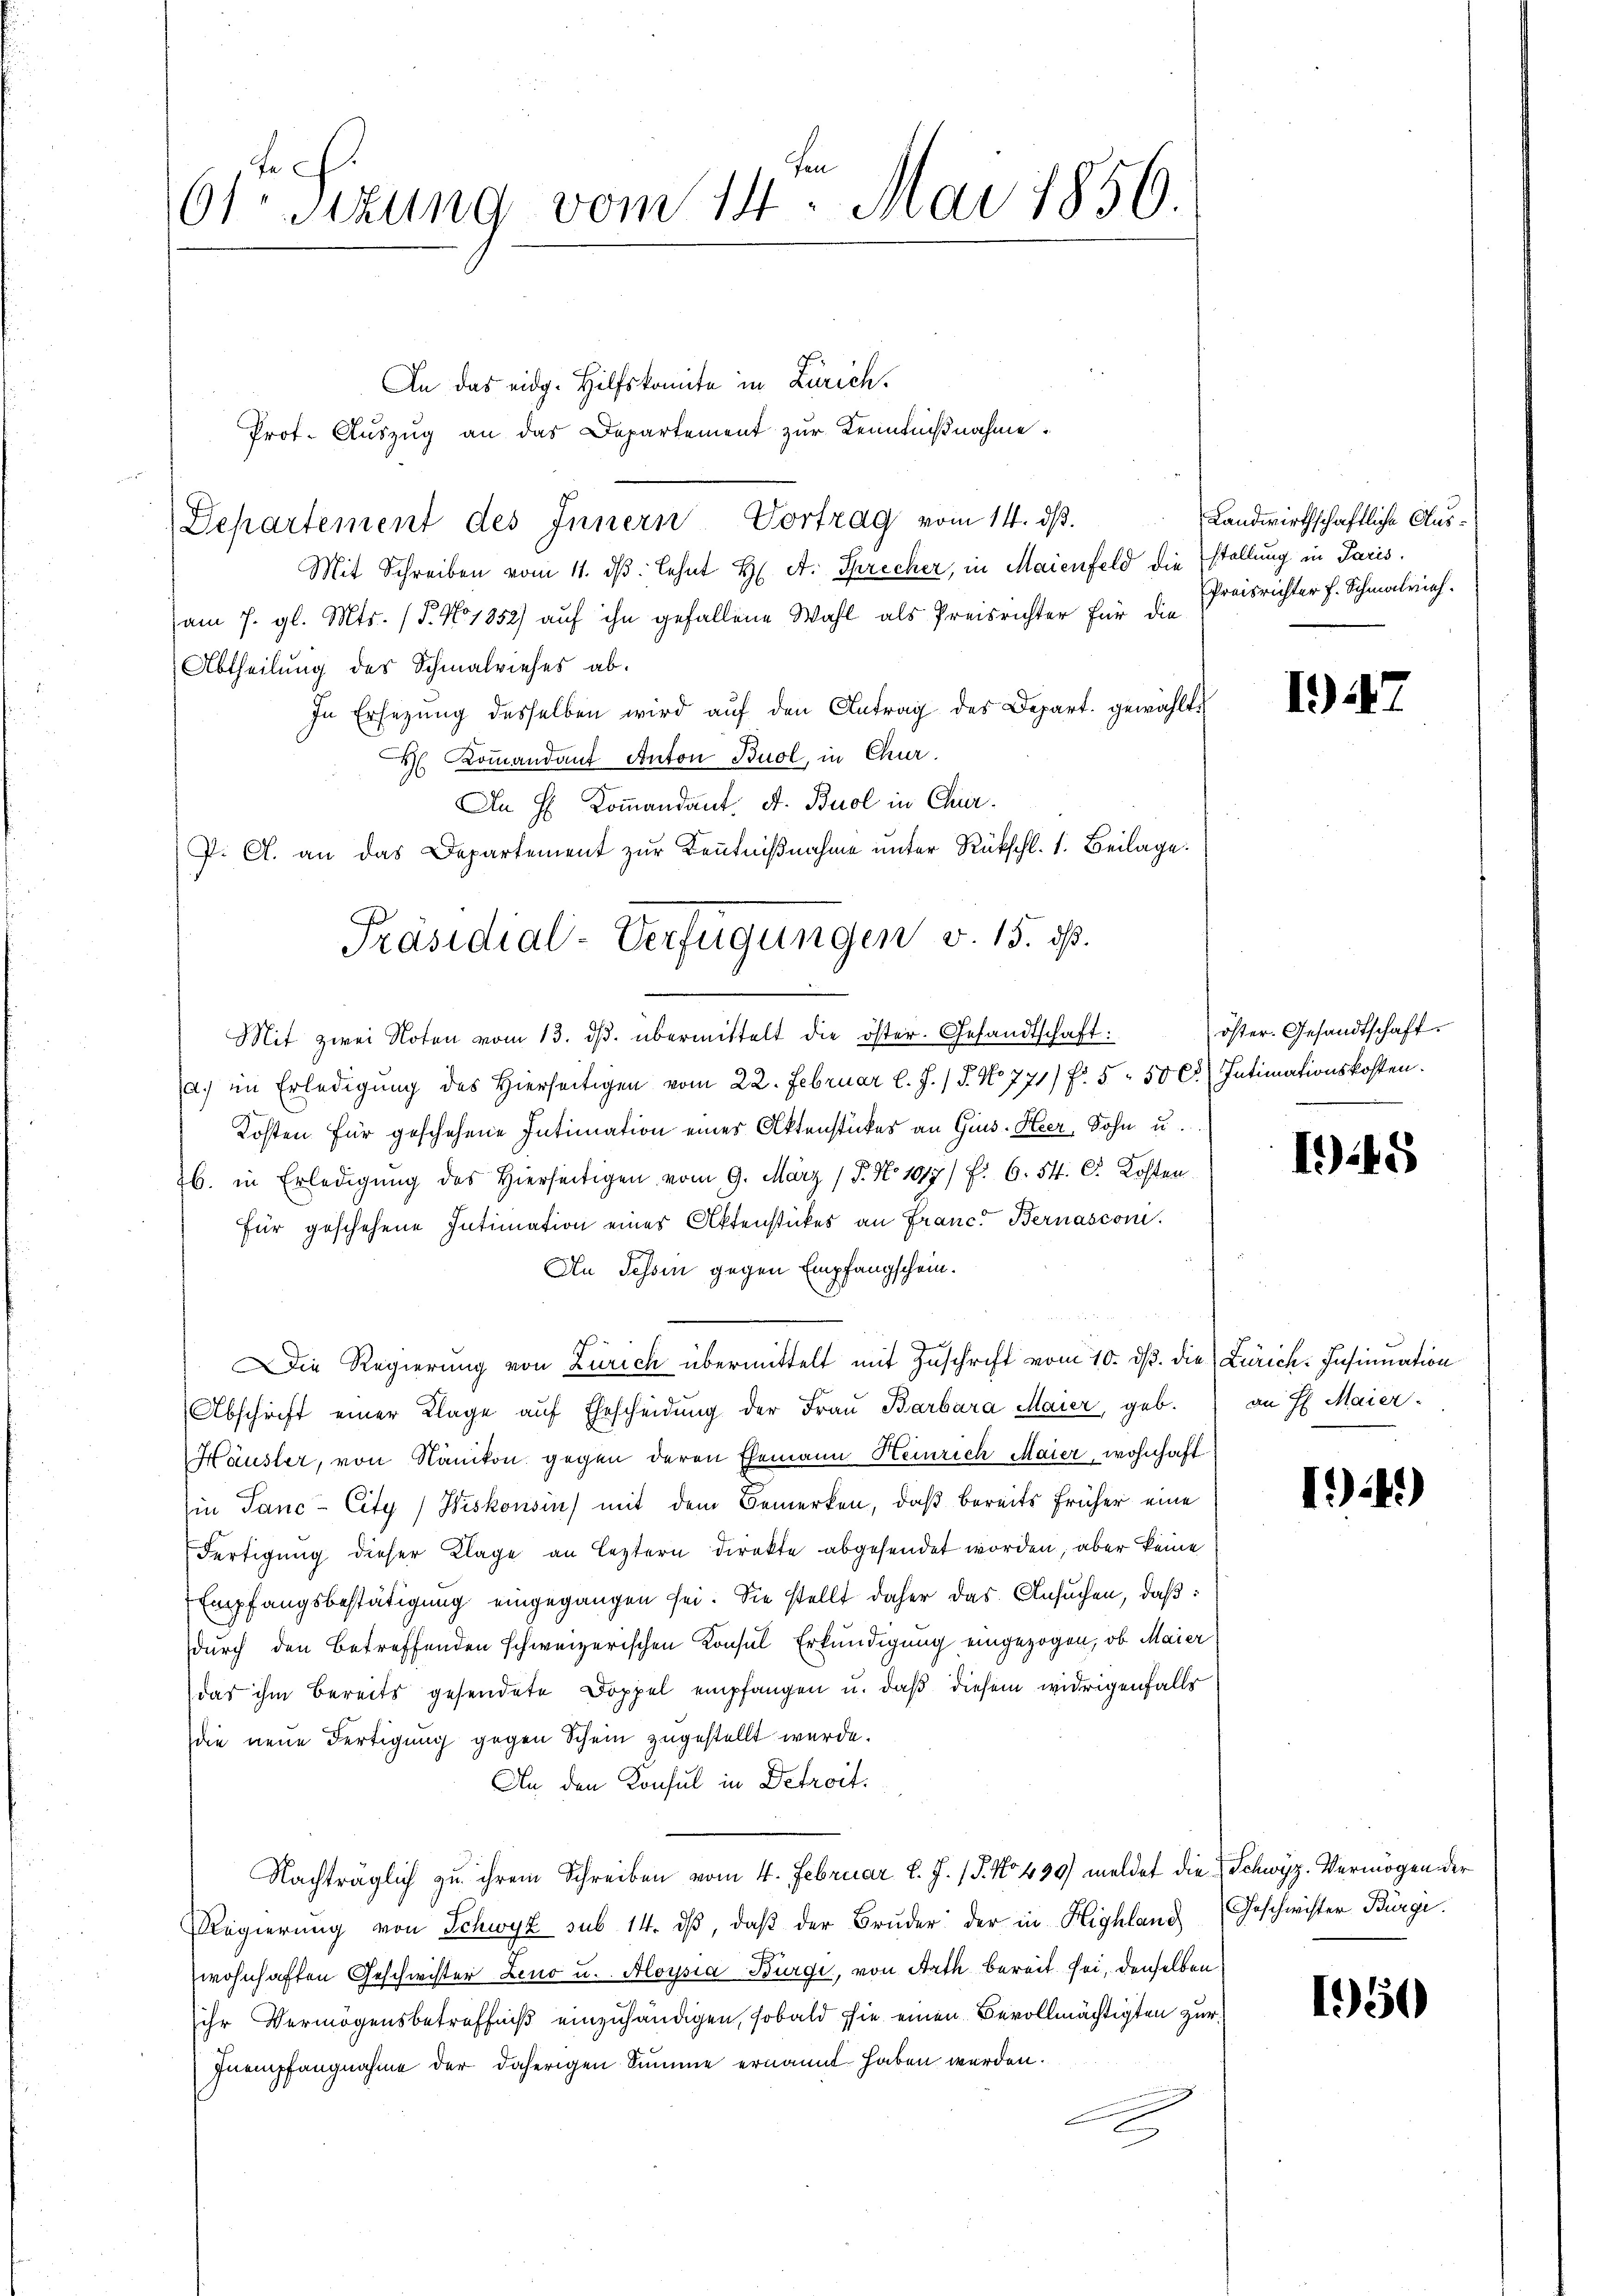
Lech.
Otsizung vom 14. Mai 1856.

An das eidg. Hilfskomite in Zürich.
Prot. Auszug an das Departement zur Kenntnißnahme.
Departement des Innern Vortrag vom 14. dβ.
Mit Schreiben vom 11. dβ. lehnt H. A. Sprecher, in Maienfeld die stellung in Paris,
am 7. gl. Mts. (T. No 1352) auf ihn gefallene Wahl als Preisrichter für die
Abtheilung des Schmalwieses ab.
In Ersezung desselben wird aŭf den Antrag des Depart gewählt
H. Kommandauf Anton Buol, in Chur.
Mit zwei Noten vom 13. ds. übermittelt die öster- Gesandtschaft:
a) im Erledigung des Hierseitigen vom 22. Februar l. J. / P. No. 771) Fr. 5 50 Ct. Intimationskosten.
Kosten für geschehene Intimation eines Aktenstückes an Gius. Heer, Sohn u.
b. in Erledigung des Hierseitigen vom 9. März ( P. No 1017/ f. 6. 54. C. Kosten
für geschehene Intimation eines Aktenstückes an Franc. Bernasconi
An Schon gegen Empfangschein.
Die Regierung von Zürich übermittelt mit Zuschrift vom 10. ds. die Zürich. Insinuation
Abschrift einer Klage aŭf Ehescheidŭng der Fraŭ Barbara Maier, geb.
Häusler, von Nänikon gegen deren Ehemann Heinrich Maier, wohnhaft
in Tanc-City/Wiskonsin) mit dem Bemerken, daß bereits früher eine
Fertigung dieser Klage an leztern direkte abgesendet worden, aber keine
Empfangsbestätigung eingegangen sei. Sie stellt daher das Ansuchen, daß:
durch den betreffenden schweizerischen Konsul Erkundigung eingezogen, ob Maier
das ihm bereits gesendete Doppel empfangen u. daß diesem widrigenfalls
die neue Fertigung gegen Schein zugestellt wurde.
An den Konsul in Detroit.
Nachträglich zu ihrem Schreiben vom 4. Februar d. J. 18. No 490) meldet die Schwyz, Vermögen der
Regierŭng von Schwyz sub 14. dβ, daβ der Brŭder der in Highland Geschwister Bürgi
zwohnhaften Geschwister Zeno u. Aloysia Burge, von Rath bereit sei, denselben
ihr Vermögensbetreffniß einzuhändigen, sobald sie einen Bevollmächtigten zur
Inempfangnahme der daherigen Summe ernannt haben werden.

An H. Kommandant. A. Buol in Char¬
P. C. an das Departement zŭr Kenntniβnahme unter Rückschl. 1. Beilage.
Präsidial-Verfügungen v. 15. ds.

1)

Landwirthschaftliche Aus¬
Preisrichter f. Schmalrich.

öster. Gesandtschaft.

145

an H. Maier.

I)1.)

1950